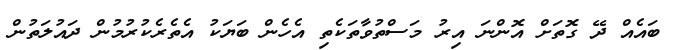
ބައެއް ދޭ ގޮތަށް އޮންނަ އިރު މަސްތުވާތަކެތި އެހެން ބަޔަކު އެތެރެކުރުމުން ދައުލަތުން